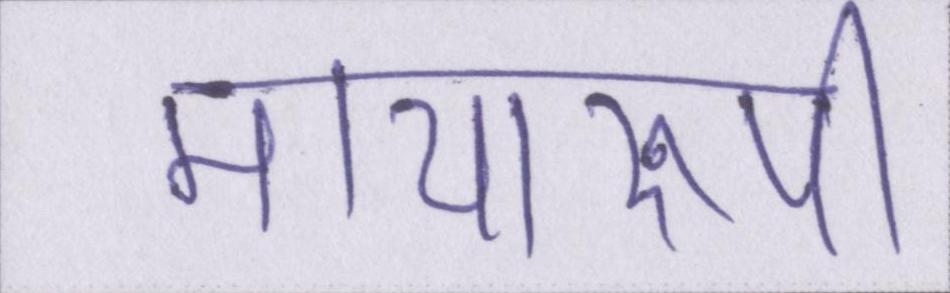
मायारुपी